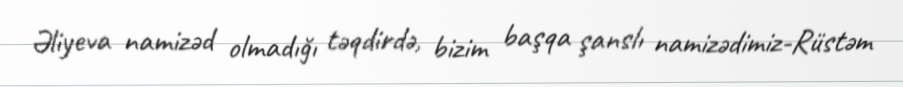
Əliyeva namizəd olmadığı təqdirdə, bizim başqa şanslı namizədimiz-Rüstəm